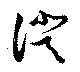
証